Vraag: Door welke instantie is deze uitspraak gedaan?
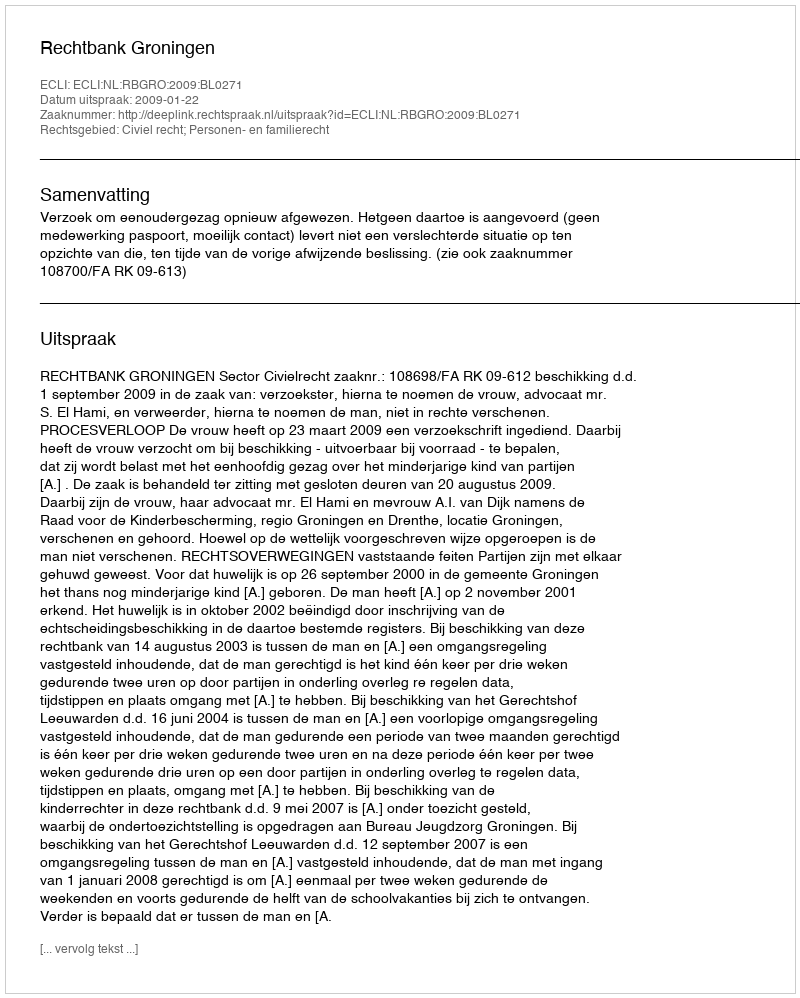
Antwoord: Rechtbank Groningen